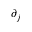
\partial _ { j }